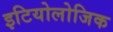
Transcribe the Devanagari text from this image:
इटियोलोजिक